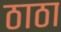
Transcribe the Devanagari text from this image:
ठाठा